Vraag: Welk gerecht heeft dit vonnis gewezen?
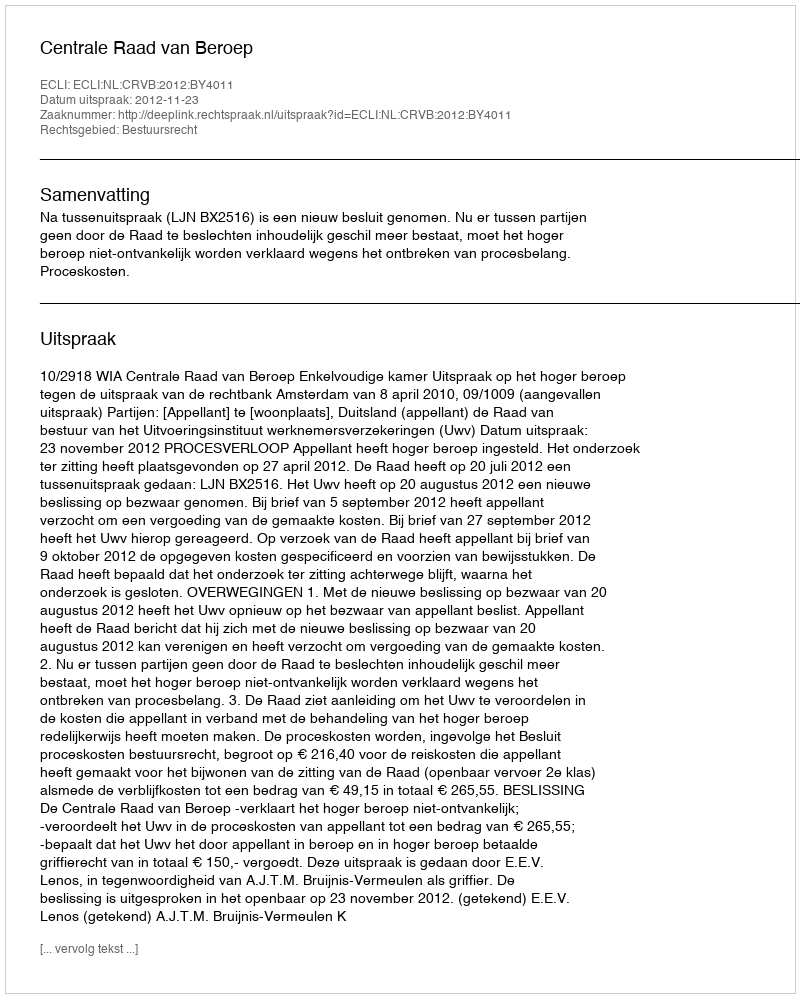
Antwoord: Centrale Raad van Beroep